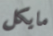
مايكل